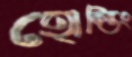
হোল্ডিং